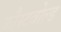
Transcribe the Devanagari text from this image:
कौस्टवोल्ड